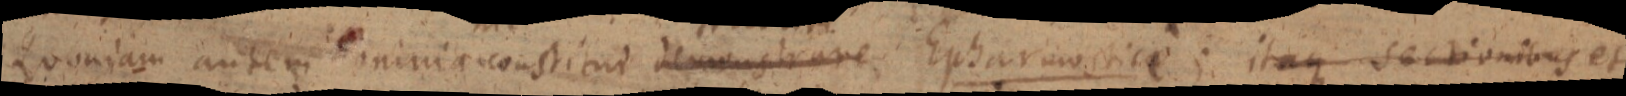
Quoniam autem aninircconstiturt demonstrare Epharmostice itaque sectionibus et